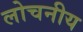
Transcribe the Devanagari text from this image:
लोचनीय